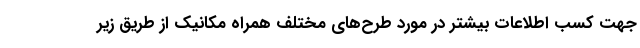
جهت کسب اطلاعات بیشتر در مورد طرح‌های مختلف همراه مکانیک از طریق زیر